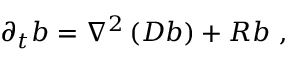
\partial _ { t } b = \nabla ^ { 2 } \left( D b \right) + R b \ ,